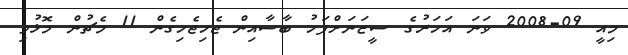
މިއީ 09-2008 ވަނަ އަހަރުގެ ސީޒަނަށްފަހު ބާސާއިން ޖެހިޖެހިގެން 11 މެޗުން މޮޅުވި